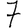
Digit: 7